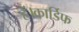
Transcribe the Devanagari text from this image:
हैं।कार्डिफ